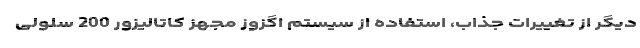
دیگر از تغییرات جذاب، استفاده از سیستم اگزوز مجهز کاتالیزور 200 سلولی